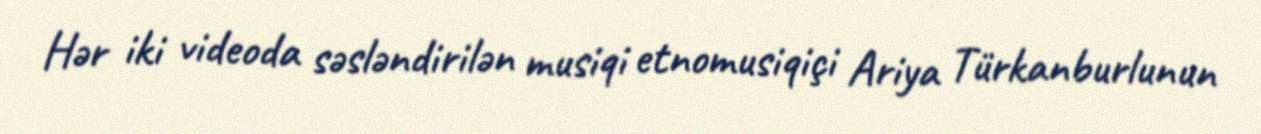
Hər iki videoda səsləndirilən musiqi etnomusiqiçi Ariya Türkanburlunun